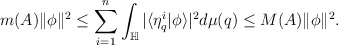
\begin{align*}m(A)\|\phi\|^2\leq\sum_{i=1}^{n}\int_{\mathbb{H}}|\langle\eta_{q}^i|\phi\rangle|^2 d\mu(q)\leq M(A)\|\phi\|^2.\end{align*}